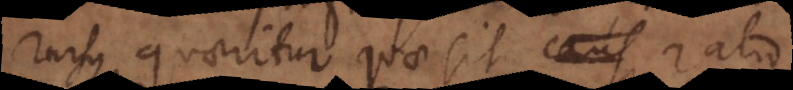
rursus quaeritur quae sit caus ratio